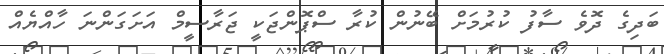
ބަދިގެ ދޮވެ ސާފު ކުރުމަށް ބޭނުން ކުރާ ސްޕޮންޖަކީ ޖަރާސީމް އަށަގަންނަ ހާއްޔެއް